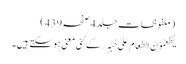
(ملفوظات جلد 4صفحہ439)
یُطْعِمُوْنَ الطَّعَامَ عَلیٰ حُبِّہٖ… کے کئی معنی ہو سکتے ہیں۔